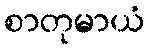
စာတုမာယံ